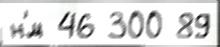
н'́м 46 300 89